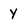
Character: y